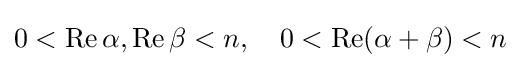
0<\operatorname {Re} \alpha ,\operatorname {Re} \beta <n,\quad 0<\operatorname {Re} (\alpha +\beta )<n